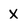
Character: X